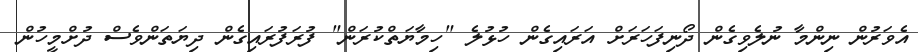
އެވަރުން ނިންމާ ނުލެވިގެން ދޯނިފަހަރަށް އަރައިގެން ހުޅުލެ "ހިމާޔަތްކުރަން" ފުރަފުރައިގެން ދިޔަތަންވެސް ދުށްމީހުން